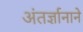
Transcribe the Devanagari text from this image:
अंतर्ज्ञानाने